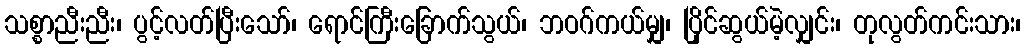
သစ္စာညီးညီး၊ ပွင့်လတ်ပြီးသော်၊ ရောင်ကြီးခြောက်သွယ်၊ ဘဝဂ်ကယ်မျှ၊ ပြိုင်ဆွယ်မဲ့လျှင်း၊ တုလွတ်ကင်းသား၊